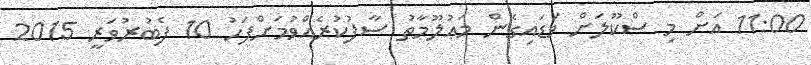
11:00 އަށް މި ސްކޫލަށް ވަޑައިގެން މަޢުލޫމާތު ސާފުކުރެއްވުމަށްފަހު 10 ފެބުރުވަރީ 2015